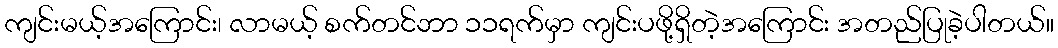
ကျင်းမယ့်အကြောင်း၊ လာမယ့် စက်တင်ဘာ ၁၁ရက်မှာ ကျင်းပဖို့ရှိတဲ့အကြောင်း အတည်ပြုခဲ့ပါတယ်။